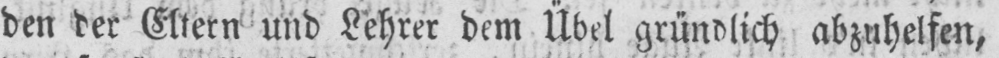
den der Eltern und Lehrer dem Übel gründlich abzuhelfen,